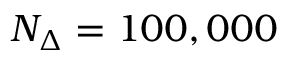
N _ { \Delta } = 1 0 0 , 0 0 0